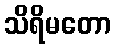
သိရိမတော